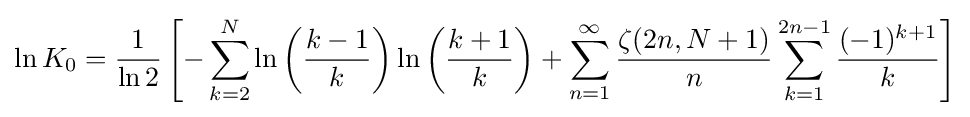
\ln K_{0}={\frac {1}{\ln 2}}\left[-\sum _{k=2}^{N}\ln \left({\frac {k-1}{k}}\right)\ln \left({\frac {k+1}{k}}\right)+\sum _{n=1}^{\infty }{\frac {\zeta (2n,N+1)}{n}}\sum _{k=1}^{2n-1}{\frac {(-1)^{k+1}}{k}}\right]